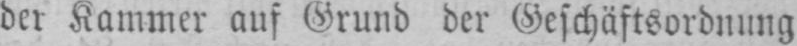
der Kammer auf Grund der Geschäftsordnung